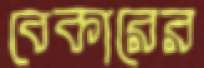
বেকারের